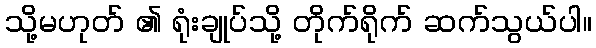
သို့မဟုတ် ၏ ရုံးချုပ်သို့ တိုက်ရိုက် ဆက်သွယ်ပါ။